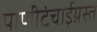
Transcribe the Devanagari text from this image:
पाणीटंचाईग्रस्त